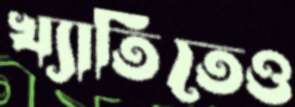
খ্যাতিতেও